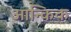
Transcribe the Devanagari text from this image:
आन्किक